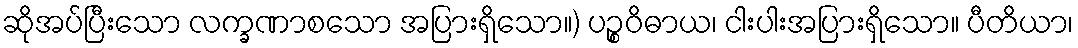
ဆိုအပ်ပြီးသော လက္ခဏာစသော အပြားရှိသော။) ပဉ္စဝိဓာယ၊ ငါးပါးအပြားရှိသော။ ပီတိယာ၊